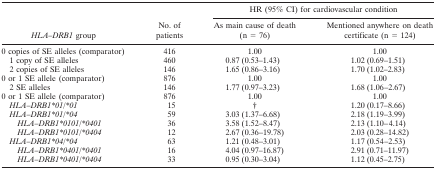
<table><thead><tr><td></td><td></td><td colspan="2"><b>HR (95% CI) for cardiovascular condition</b></td></tr><tr><td><b><i>HLA</i>–<i>DRB1</i> group</b></td><td><b>No. of patients</b></td><td><b>As main cause of death (n = 76)</b></td><td><b>Mentioned anywhere on death certificate (n = 124)</b></td></tr></thead><tbody><tr><td>0 copies of SE alleles (comparator)</td><td>416</td><td>1.00</td><td>1.00</td></tr><tr><td> 1 copy of SE alleles</td><td>460</td><td>0.87 (0.53–1.43)</td><td>1.02 (0.69–1.51)</td></tr><tr><td> 2 copies of SE alleles</td><td>146</td><td>1.65 (0.86–3.16)</td><td>1.70 (1.02–2.83)</td></tr><tr><td>0 or 1 SE allele (comparator)</td><td>876</td><td>1.00</td><td>1.00</td></tr><tr><td> 2 SE alleles</td><td>146</td><td>1.77 (0.97–3.23)</td><td>1.68 (1.06–2.67)</td></tr><tr><td>0 or 1 SE allele (comparator)</td><td>876</td><td>1.00</td><td>1.00</td></tr><tr><td> <i>HLA</i>–<i>DRB1</i>*<i>01</i>/*<i>01</i></td><td>15</td><td>†</td><td>1.20 (0.17–8.66)</td></tr><tr><td> <i>HLA</i>–<i>DRB1</i>*<i>01</i>/*<i>04</i></td><td>59</td><td>3.03 (1.37–6.68)</td><td>2.18 (1.19–3.99)</td></tr><tr><td><i>HLA</i>–<i>DRB1</i>*<i>0101</i>/*<i>0401</i></td><td>36</td><td>3.58 (1.52–8.47)</td><td>2.13 (1.10–4.14)</td></tr><tr><td><i>HLA</i>–<i>DRB1</i>*<i>0101</i>/*<i>0404</i></td><td>12</td><td>2.67 (0.36–19.78)</td><td>2.03 (0.28–14.82)</td></tr><tr><td> <i>HLA</i>–<i>DRB1</i>*<i>04</i>/*<i>04</i></td><td>63</td><td>1.21 (0.48–3.01)</td><td>1.17 (0.54–2.53)</td></tr><tr><td><i>HLA</i>–<i>DRB1</i>*<i>0401</i>/*<i>0401</i></td><td>16</td><td>4.04 (0.97–16.87)</td><td>2.91 (0.71–11.97)</td></tr><tr><td><i>HLA</i>–<i>DRB1</i>*<i>0401</i>/*<i>0404</i></td><td>33</td><td>0.95 (0.30–3.04)</td><td>1.12 (0.45–2.75)</td></tr></tbody></table>